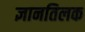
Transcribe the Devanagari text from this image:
ज्ञानतिलक